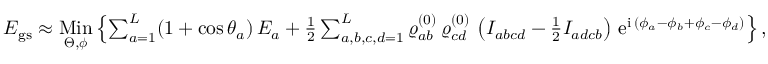
\begin{array} { r } { E _ { \mathrm { g s } } \approx \underset { \boldsymbol { \Theta } , \boldsymbol { \phi } } { \mathrm { M i n } } \left\{ \sum _ { a = 1 } ^ { L } ( 1 + \cos \theta _ { a } ) \, E _ { a } + \frac { 1 } { 2 } \sum _ { a , b , c , d = 1 } ^ { L } \varrho _ { a b } ^ { ( 0 ) } \, \varrho _ { c d } ^ { ( 0 ) } \, \left( I _ { a b c d } - \frac { 1 } { 2 } I _ { a d c b } \right) \, \mathrm { e } ^ { \mathrm { i } \, ( \phi _ { a } - \phi _ { b } + \phi _ { c } - \phi _ { d } ) } \right\} , } \end{array}